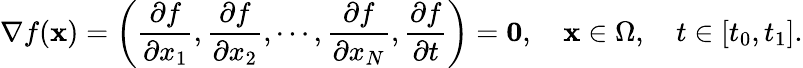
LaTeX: \nabla f(\mathbf{x})=\left(\frac{\partial f}{\partial x_{1}},\frac{\partial f}{\partial x_{2}},\cdots,\frac{\partial f}{\partial x_{N}},\frac{\partial f}{\partial t}\right)=\mathbf{0},\quad\mathbf{x}\in\Omega,\quad t\in[t_{0},t_{1}].